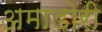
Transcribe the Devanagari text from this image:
अमाडोरी